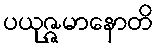
ပယုဇ္ဇမာနောတိ